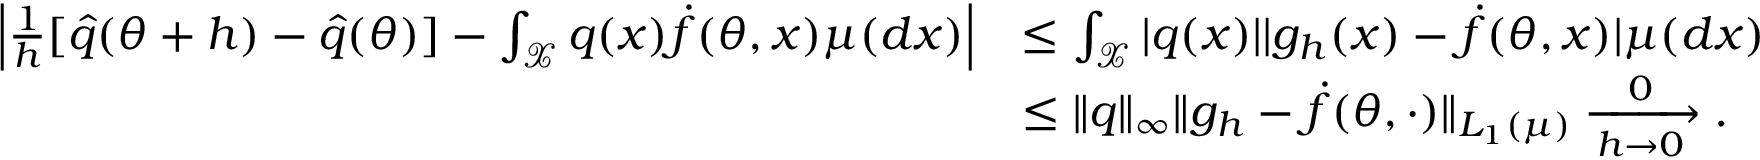
\begin{array} { r l } { \left| \frac { 1 } { h } [ \hat { q } ( \theta + h ) - \hat { q } ( \theta ) ] - \int _ { \mathcal X } q ( x ) \dot { f } ( \theta , x ) \mu ( d x ) \right| } & { \le \int _ { \mathcal X } | q ( x ) | | g _ { h } ( x ) - \dot { f } ( \theta , x ) | \mu ( d x ) } \\ & { \le \| q \| _ { \infty } \| g _ { h } - \dot { f } ( \theta , \cdot ) \| _ { L _ { 1 } ( \mu ) } \xrightarrow [ h \to 0 ] 0 . } \end{array}